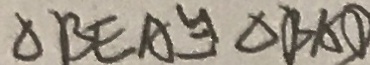
\Delta B E A \cong \Delta B A D